Vaccination in the Punjab 1867-1880 - 1867-1880
Year: 1867
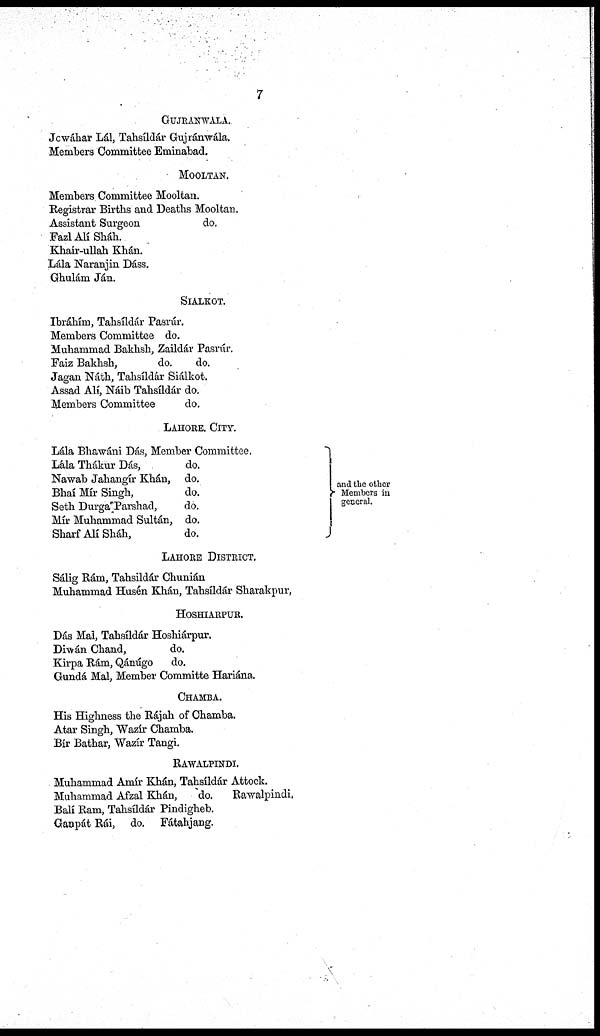
7
GUJRANWALA.
Jowáhar Lál, Tahsíldár Gujránwála.
Members Committee Eminabad.
MOOLTAN.
Members Committee Mooltan.
Registrar Births and Deaths Mooltan.
Assistant Surgeon
do.
Fazl Alí Sháh.
Khair-ullah Khán.
Lála Naranjin Dáss.
Ghulám Ján.
SIALKOT.
Ibráhím, Tahsíldár Pasrúr.
Members Committee do.
Muhammad Bakhsh, Zaildár Pasrúr.
Faiz Bakhsh,
do.
do.
Jagan Náth, Tahsíldár Siálkot.
Assad Alí, Náib Tahsíldár do.
Members Committee
do.
LAHORE. CITY.
Lála Bhawáni Dás, Member Committee.
Lála Thákur Dás,
do.
Nawab Jahangír Khán, do.
Bhaí Mír Singh,
do.
Seth Durga'Parshad,
do.
Mír Muhammad Sultán, do.
Sharf Alí Sháh,
do.
and the other
Members in
general.
LAHORE DISTRICT.
Sálig Rám, Tahsildár Chunián
Muhammad Husén Khán, Tahsíldár Sharakpur,
HOSHIARPUR.
Dás Mal, Tahsíldár Hoshiárpur.
Drwán Chand,
do.
Kirpa Rám, Qánúgo do.
Gundá Mal, Member Committe Hariána.
CHAMBA.
His Highness the Rájah of Chamba.
Atar Singh, Wazír Chamba.
Bír Bathar, Wazír Tangi.
RAWALPINDI.
Muhammad Amír Khán, Tahsíldár Attock.
Muhammad Afzal Khán,
do.
Rawalpindi.
Balí Ram, Tahsíldár Pindigheb.
Ganpát Rái, do. Fátahjang.